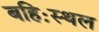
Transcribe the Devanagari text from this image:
बहिःस्थल